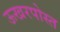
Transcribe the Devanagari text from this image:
ऊखरपोस्त